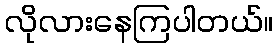
လိုလားနေကြပါတယ်။